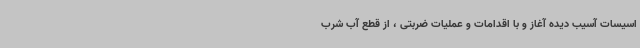
اسیسات آسیب دیده آغاز و با اقدامات و عملیات ضربتی ، از قطع آب شرب